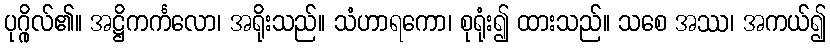
ပုဂ္ဂိုလ်၏။ အဋ္ဌိကင်္ကလော၊ အရိုးသည်။ သံဟာရကော၊ စုရုံး၍ ထားသည်။ သစေ အဿ၊ အကယ်၍